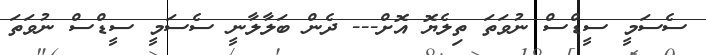
ސެސަމީ ސީޑްސް ނުވަތަ ތިލެޔޮ އޮށް--- ދެން ބަލާލާނީ ސެސަމީ ސީޑްސް ނުވަތަ